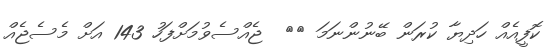
ކޮފީއެއް ހަދިޔާ ކުރަން ބޭނުންނަމަ <>  ޖެއްސެވުމަށްފަހު 143 އަށް މެސެޖެއް